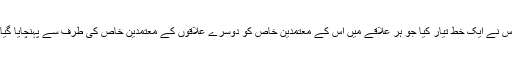
اس نے ایک خط تیار کیا جو ہر علاقے میں اس کے معتمدینِ خاص کو دوسرے علاقوں کے معتمدینِ خاص کی طرف سے پہنچایا گیا۔